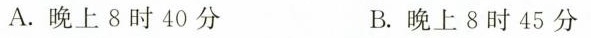
A.晚上8时40分 B.晚上8时45分